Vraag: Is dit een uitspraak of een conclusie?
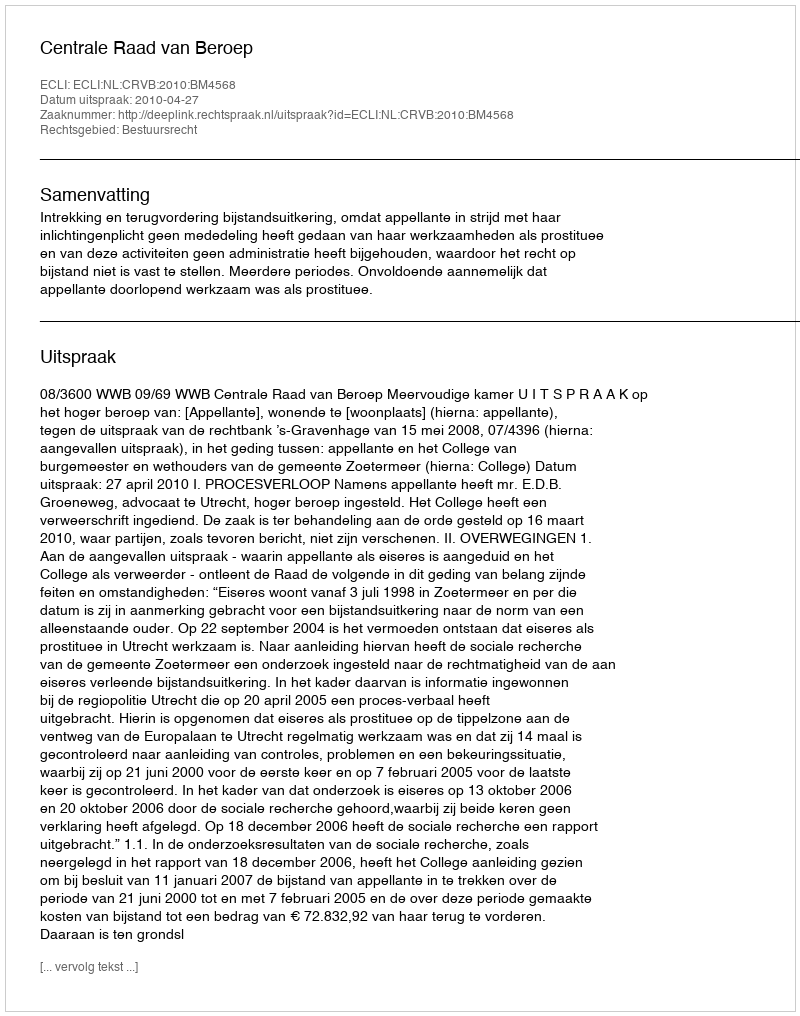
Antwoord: Uitspraak